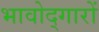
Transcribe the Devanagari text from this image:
भावोद्गारों